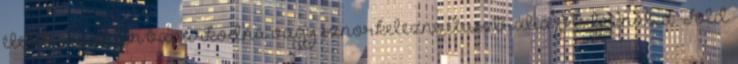
életébe Szívesen búvárkodna vagy sznorkelezne Ausztrália partjainál, a Föld